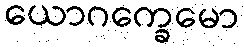
ယောဂက္ခေမော